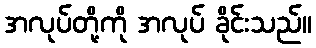
အလုပ်တို့ကို အလုပ် ခိုင်းသည်။